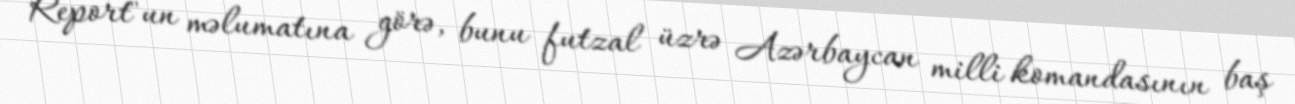
Report"un məlumatına görə, bunu futzal üzrə Azərbaycan milli komandasının baş